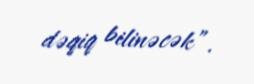
dəqiq bilinəcək”.